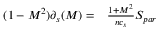
\begin{array} { r l } { ( 1 - M ^ { 2 } ) \partial _ { s } ( M ) = } & { { } \frac { 1 + M ^ { 2 } } { n c _ { s } } S _ { p a r } } \end{array}